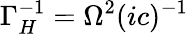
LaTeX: \Gamma_{H}^{-1}=\Omega^{2}(ic)^{-1}